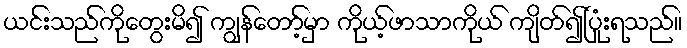
ယင်းသည်ကိုတွေးမိ၍ ကျွန်တော့်မှာ ကိုယ့်ဖာသာကိုယ် ကျိတ်၍ပြုံးရသည်။